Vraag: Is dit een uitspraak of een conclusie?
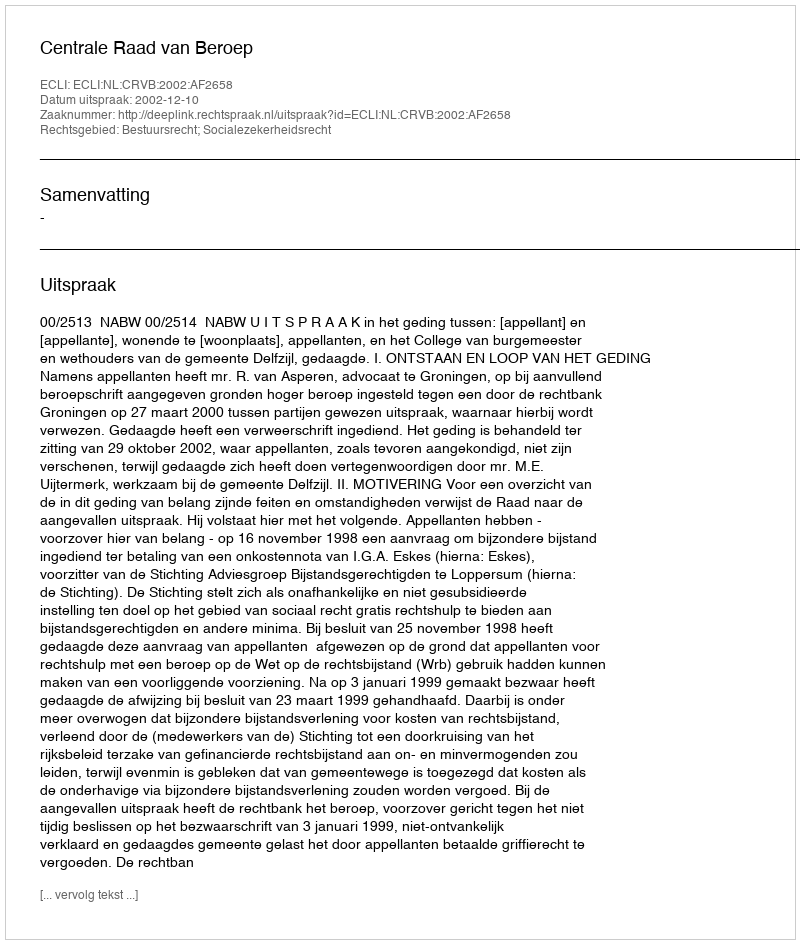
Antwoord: Uitspraak